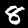
Digit: 8